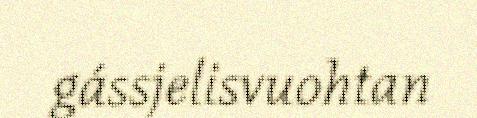
gássjelisvuohtan